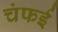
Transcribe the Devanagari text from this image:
चंफई